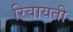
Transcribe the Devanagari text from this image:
रिवायती